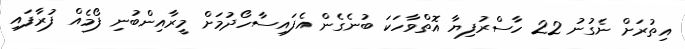
އިތުރަށް ނެގުނު 22 ހާސްރުފިޔާ އޮތްވާހަކަ ބުނެގެން އެފައިސާހޯދުމަށް މީރާއިންބުނި ފޯމެއް ފުރާފައި